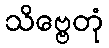
သိဗ္ဗေတုံ